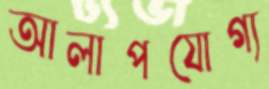
আলাপযোগ্য